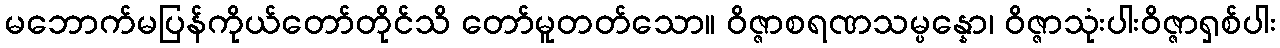
မဘောက်မပြန်ကိုယ်တော်တိုင်သိ တော်မူတတ်သော။ ဝိဇ္ဇာစရဏသမ္ပန္နော၊ ဝိဇ္ဇာသုံးပါးဝိဇ္ဇာရှစ်ပါး